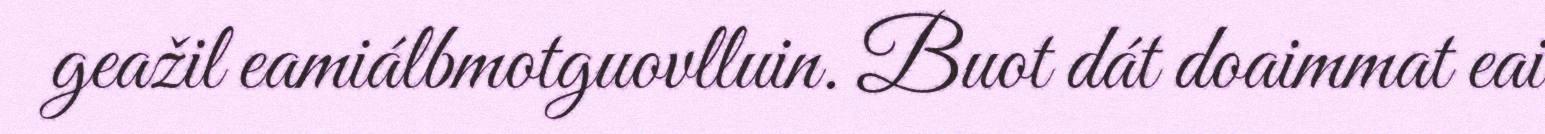
geažil eamiálbmotguovlluin. Buot dát doaimmat eai